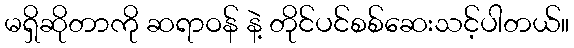
မရှိဆိုတာကို ဆရာဝန် နဲ့ တိုင်ပင်စစ်ဆေးသင့်ပါတယ်။